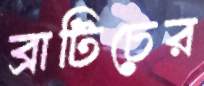
ব্রাটিচের